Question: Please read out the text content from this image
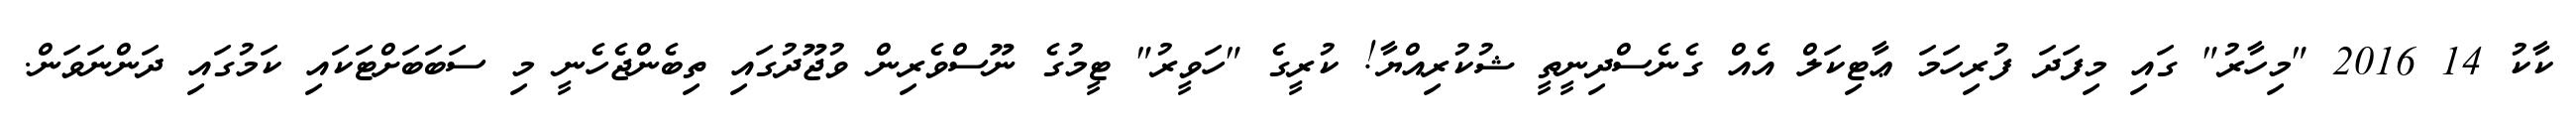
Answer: ކާކު 14 2016 "މިހާރު" ގައި މިފަދަ ފުރިހަމަ ޢާޓިކަލް އެއް ގެނެސްދިނީތީ ޝުކުރިއްޔާ! ކުރީގެ "ހަވީރު" ޓީމުގެ ނޫސްވެރިން ވުޖޫދުގައި ތިބެންޖެހެނީ މި ސަބަބަށްޓަކައި ކަމުގައި ދަންނަވަން.